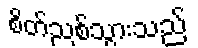
စိတ်ညစ်သွားသည်